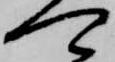
可